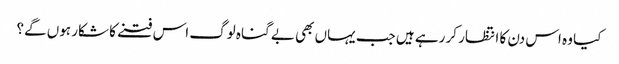
کیا وہ اس دن کا انتظار کر رہے ہیں جب یہاں بھی بے گناہ لوگ اس فتنے کا شکار ہوں گے؟